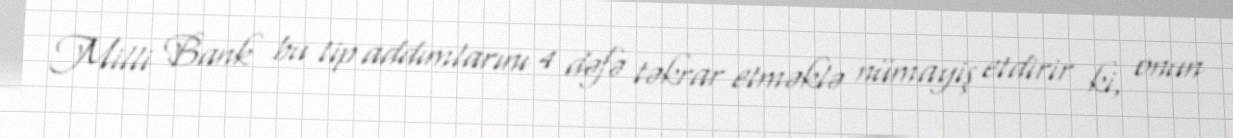
Milli Bank bu tip addımlarını 4 dəfə təkrar etməklə nümayiş etdirir ki, onun